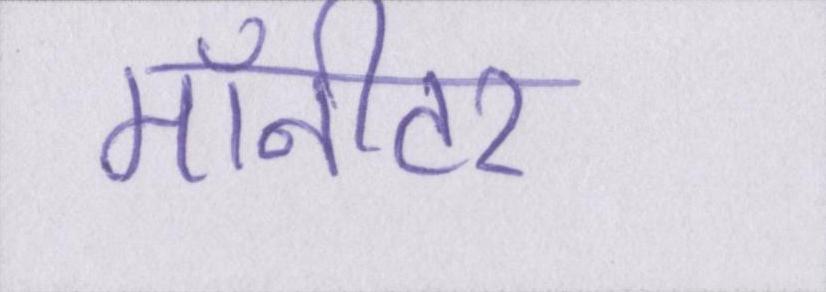
मॉनीटर